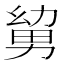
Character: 𭄹